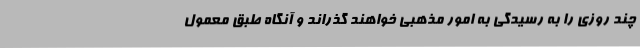
چند روزی را به رسیدگی به امور مذهبی خواهند گذراند و آنگاه طبق معمول